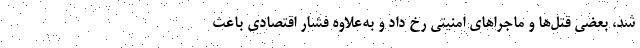
شد، بعضی قتل‌ها و ماجراهای امنیتی رخ داد و به‌علاوه فشار اقتصادی باعث